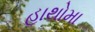
હાથોમા